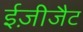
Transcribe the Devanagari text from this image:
ईज़ीजैट